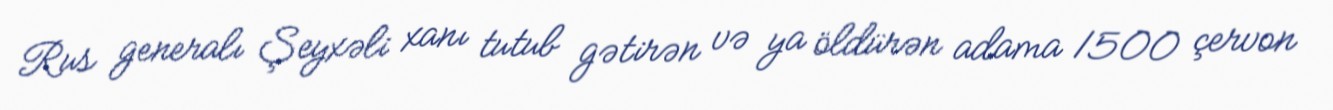
Rus generalı Şeyxəli xanı tutub gətirən və ya öldürən adama 1500 çervon